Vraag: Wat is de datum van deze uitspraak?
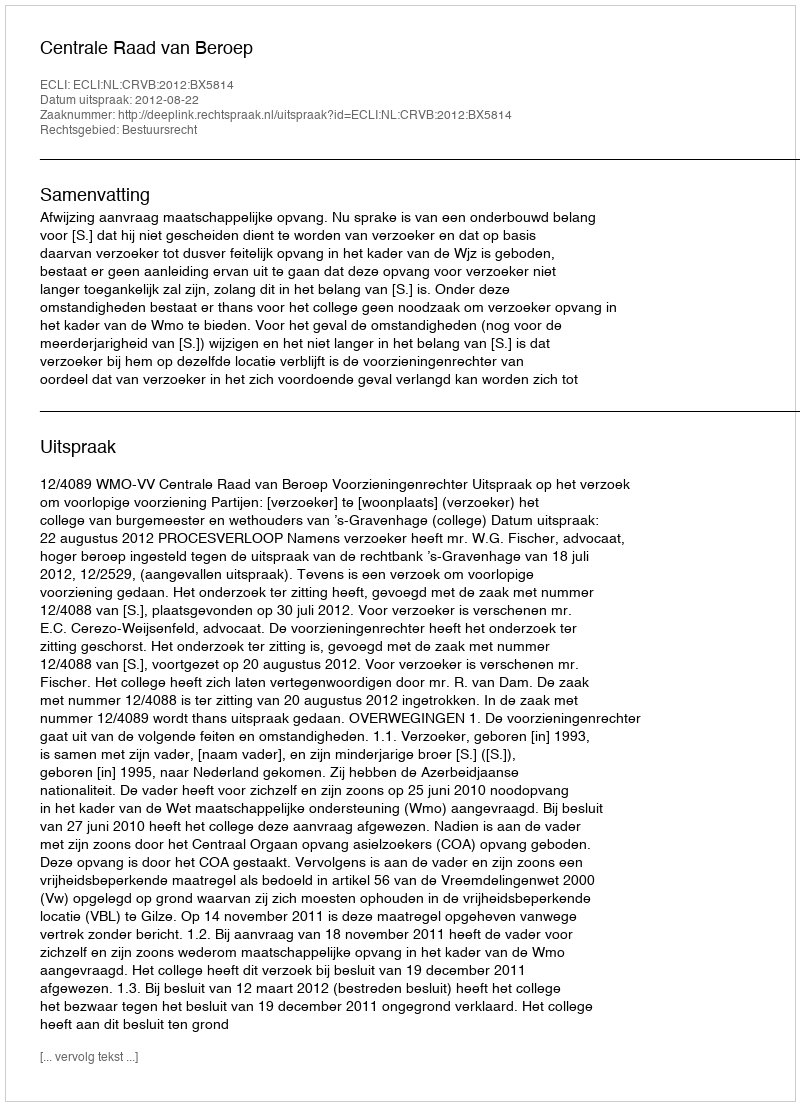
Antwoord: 2012-08-22